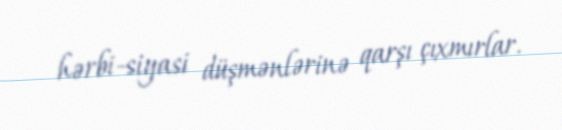
hərbi-siyasi düşmənlərinə qarşı çıxmırlar.